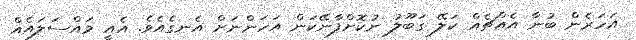
އަހަރެން ބުނާ އެއްޗެއް ކަލޭ ގަބޫލު ނުކޮށްފާނޭކަން އަހަންނަށް އެނގެއެވެ. އެއީ މައްސަލައެއް